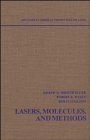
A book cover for Advances in Chemical Physics, Lasers, Molecules, and Methods (Volume 73); Science & Math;